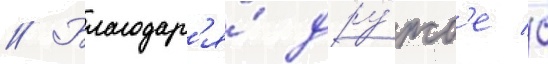
// Благодар'я́ дру́жб'е с